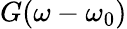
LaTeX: G(\omega-\omega_{0})